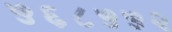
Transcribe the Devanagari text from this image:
५६८५५२